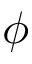
\phi